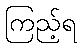
ကြည့်ရ